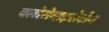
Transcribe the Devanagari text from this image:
क्लोरोमाइसेटीन